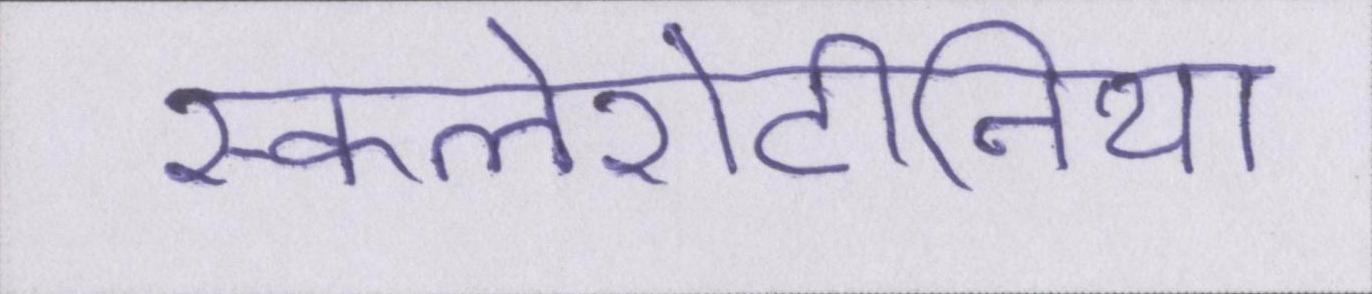
स्कलेरोटीनिया